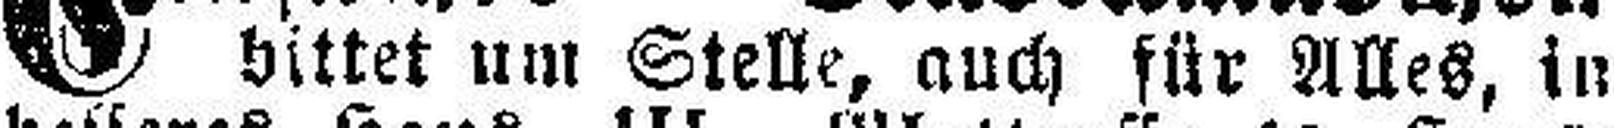
bittet um Stelle, auch für Alles, in